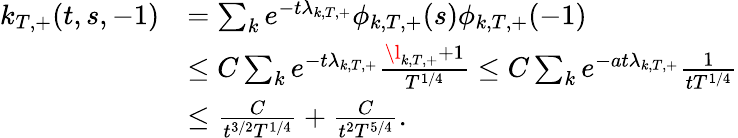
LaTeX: \begin{array}{rl}{k_{T,+}(t,s,-1)}&{=\sum_{k}e^{-t\lambda_{k,T,+}}\phi_{k,T,+}(s)\phi_{k,T,+}(-1)}\\ &{\leq C\sum_{k}e^{-t\lambda_{k,T,+}}\frac{{\l_{k,T,+}+1}}{T^{1/4}}\leq C\sum_{k}e^{-at\lambda_{k,T,+}}\frac{1}{{t}T^{1/4}}}\\ &{\leq\frac{C}{t^{3/2}T^{1/4}}+\frac{C}{{t}^{2}T^{5/4}}.}\end{array}